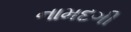
નામદગી